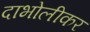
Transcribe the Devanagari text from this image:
दाभोलीकर